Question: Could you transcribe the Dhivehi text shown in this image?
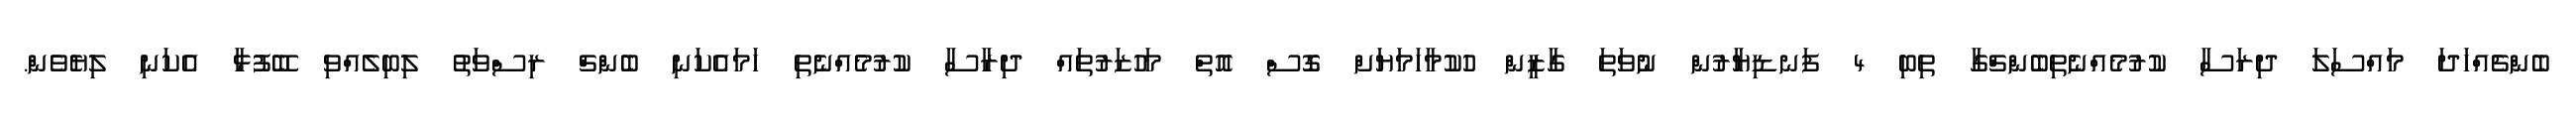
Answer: ބެންޗެއްހަދަ މައްސަލަ ދިރަސާ ކުރުމެއްނެތިބެންޗްގާ ތިބި 4 ފަނޑިޔާރުން ނުވަތަ ގާޒީން ހުކުމާހަމަޔަށް ގޮސް އޮތް މަހުޒަރުތައް ދިރާސާ ކުރުމެއްނެތި ހަމައެކަނި ބެންޗް ރިސްވަތު ލިބިލެއްވި ބޭފުޅާ އެކަނި ލިޔެވެން.